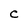
Character: C